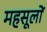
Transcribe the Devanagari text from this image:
महसूलों